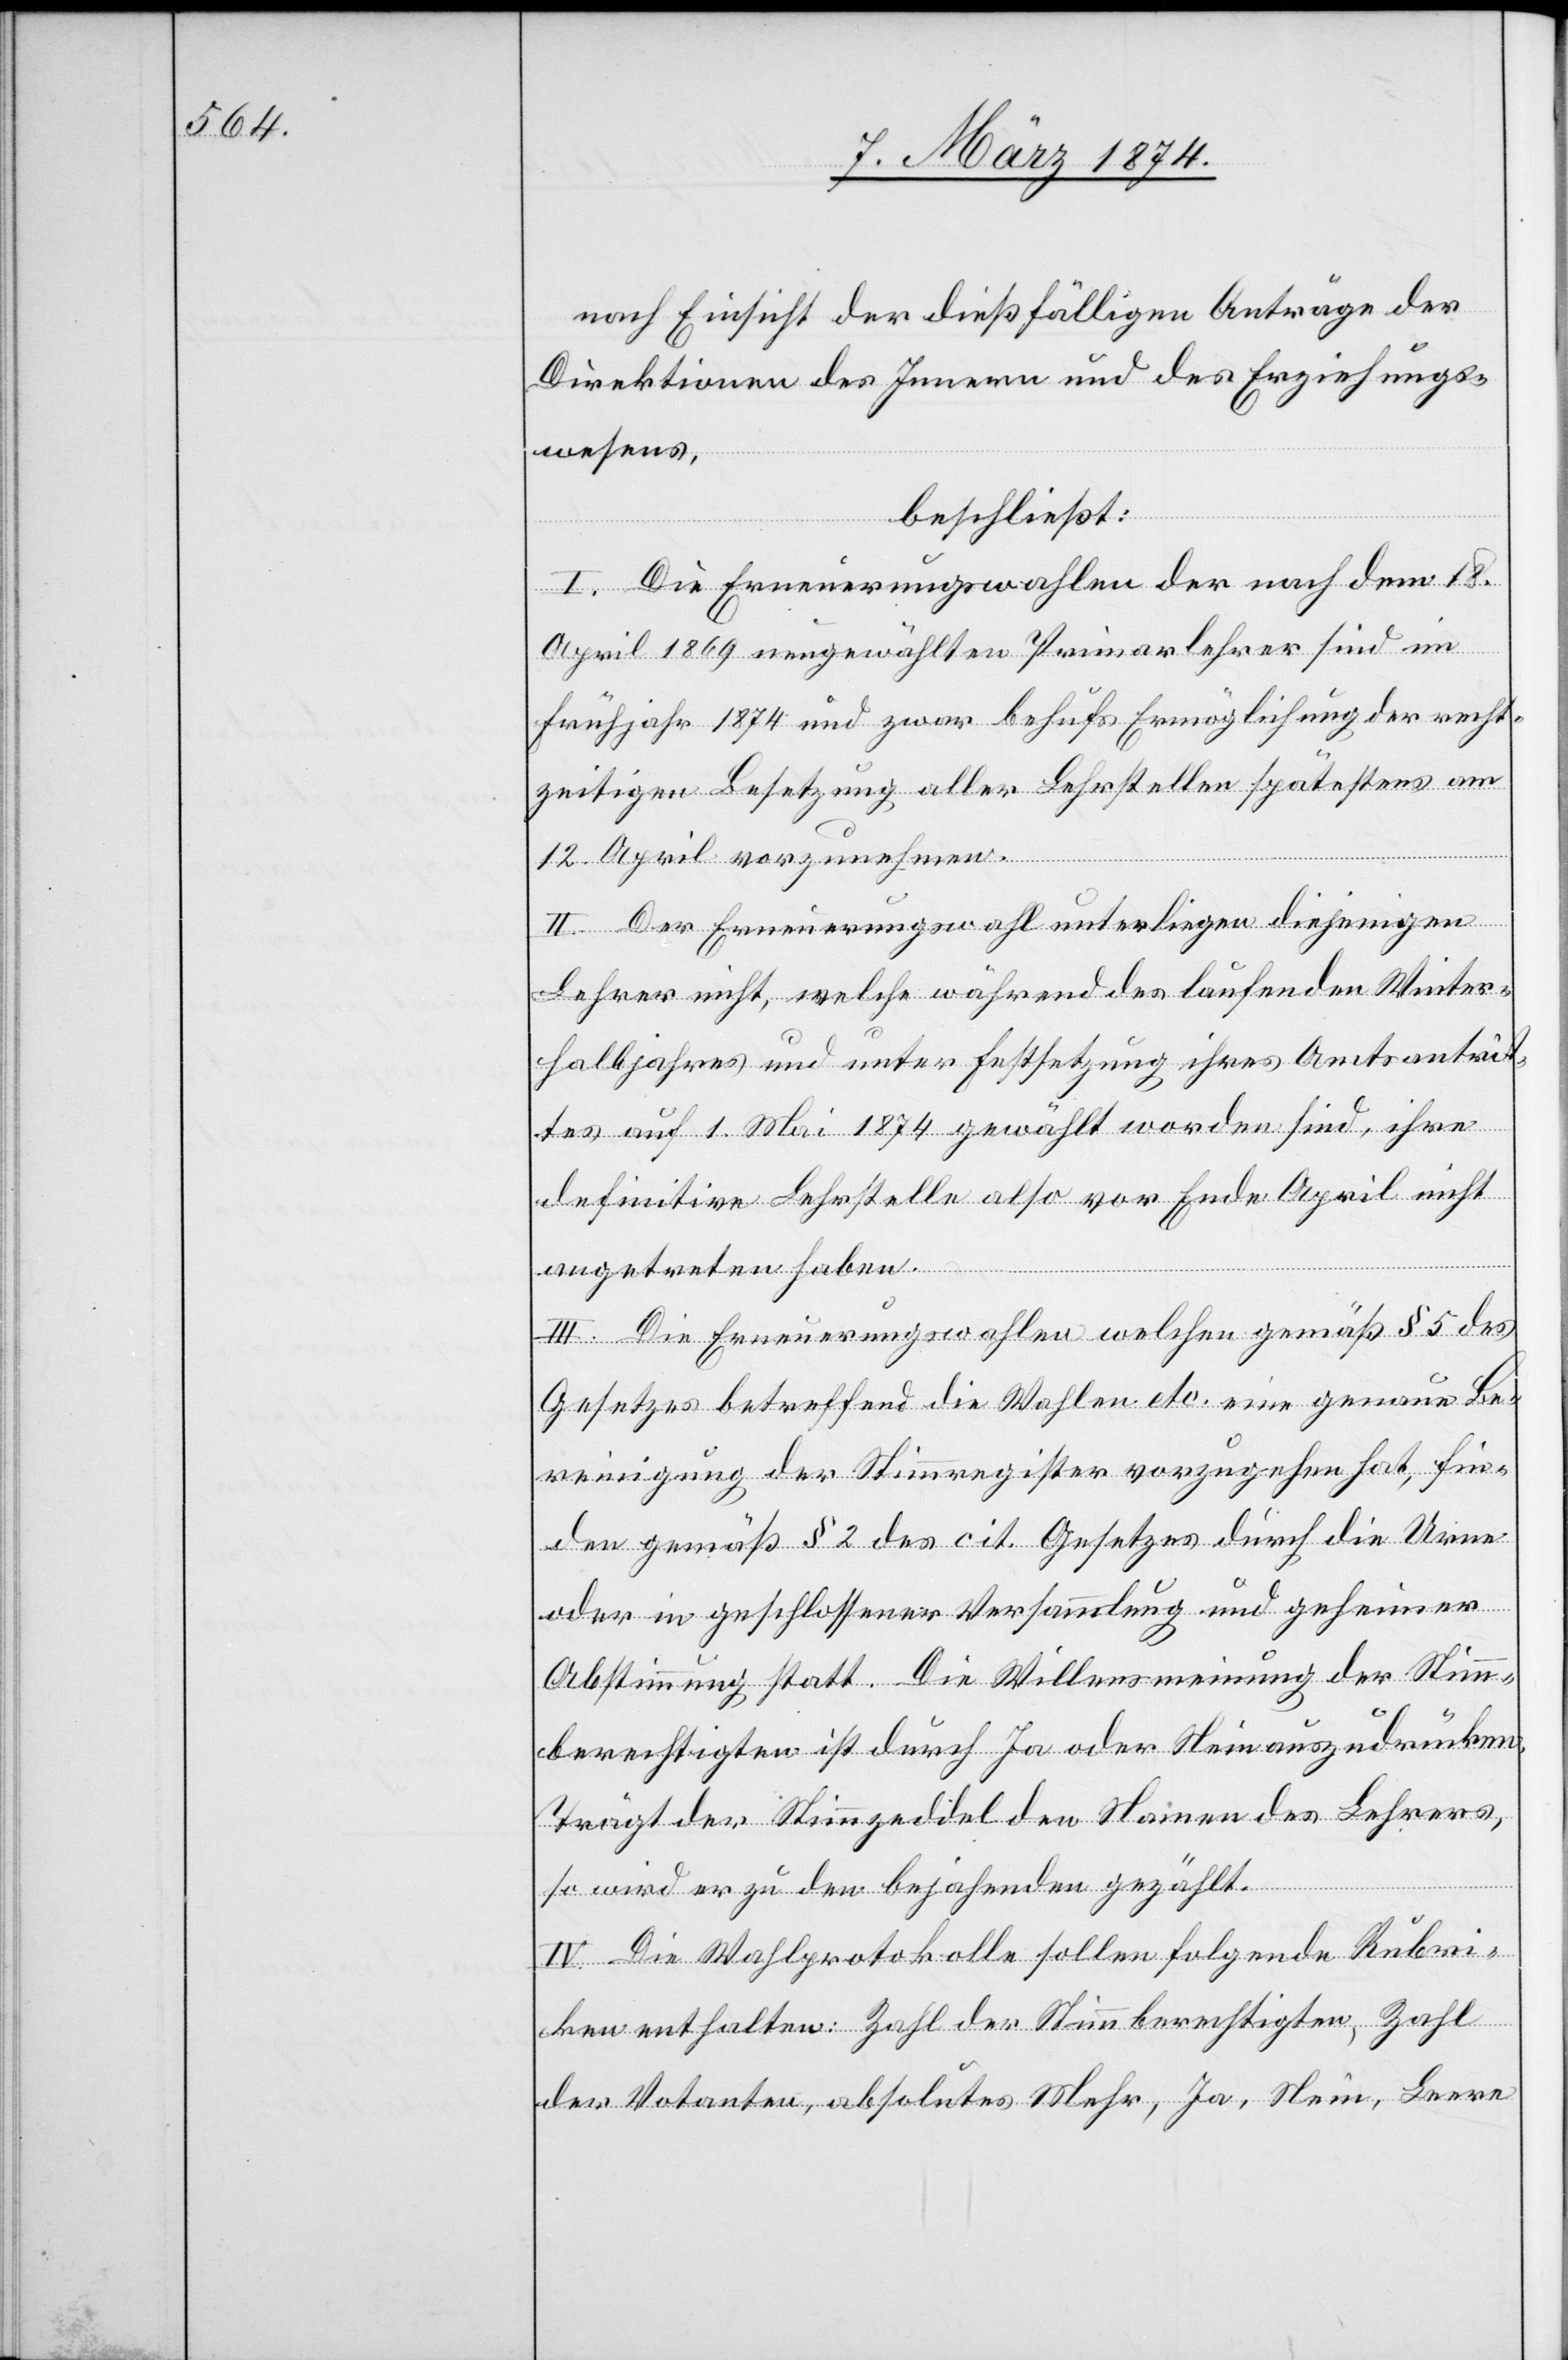
nach Einsicht der dießfälligen Anträge der
Direktionen des Innern und des Erziehungs¬
wesens,
beschließt:
I. Die Erneuerungswahlen der nach dem 18.
April 1869 neugewählten Primarlehrer sind im
Frühjahr 1874 und zwar behufs Ermöglichung der recht¬
zeitigen Besetzung aller Lehrstellen spätestens am
12. April vorzunehmen.
II. Der Erneuerungswahl unterliegen diejenigen
Lehrer nicht, welche während des laufenden Winter¬
halbjahres und unter Festsetzung ihres Amtsantrit¬
tes auf 1. Mai 1874 gewählt worden sind, ihre
definitive Lehrstelle also vor Ende April nicht
angetreten haben.
III. Die Erneuerungswahlen welche gemäß § 5 des
Gesetzes betreffend die Wahlen etc. eine genaue Be¬
reinigung der Stimmregister vorzugehen hat, fin¬
den gemäß § 2 des cit. Gesetzes durch die Urne
oder in geschlossener Versammlung und geheimer
Abstimmung statt. Die Willensmeinung der Stimm¬
berechtigten ist durch Ja oder Nein auszudrücken.
Trägt der Stimmzeddel den Namen des Lehrers,
so wird er zu den bejahenden gezählt.
IV. Die Wahlprotokolle sollen folgende Rubri¬
ken enthalten: Zahl der Stimmberechtigten, Zahl
der Votanten, absolutes Mehr, Ja, Nein, Leere